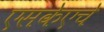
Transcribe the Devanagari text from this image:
एसकेएचे